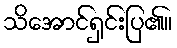
သိအောင်ရှင်းပြ၏။